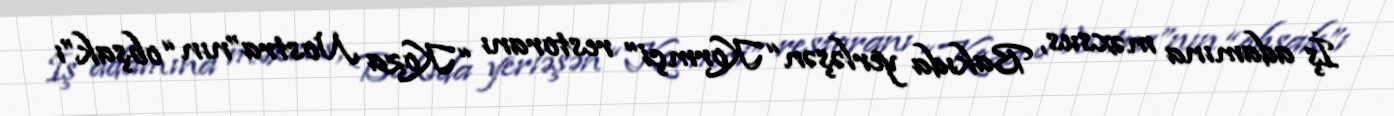
İş adamına məxsus, Bakıda yerləşən “Kormçi” restoranı “Koza Nostra”nın “obşak”ı